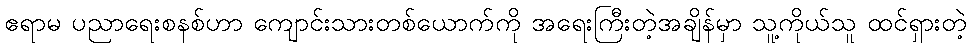
ဧရာမ ပညာရေးစနစ်ဟာ ကျောင်းသားတစ်ယောက်ကို အရေးကြီးတဲ့အချိန်မှာ သူ့ကိုယ်သူ ထင်ရှားတဲ့